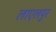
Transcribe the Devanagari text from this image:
लाएलपुर